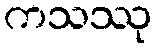
ကသဿု